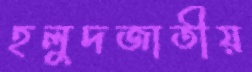
হলুদজাতীয়